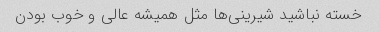
خسته نباشید شیرینی‌ها مثل همیشه عالی و خوب بودن